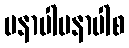
မနာပါမနာပါစ